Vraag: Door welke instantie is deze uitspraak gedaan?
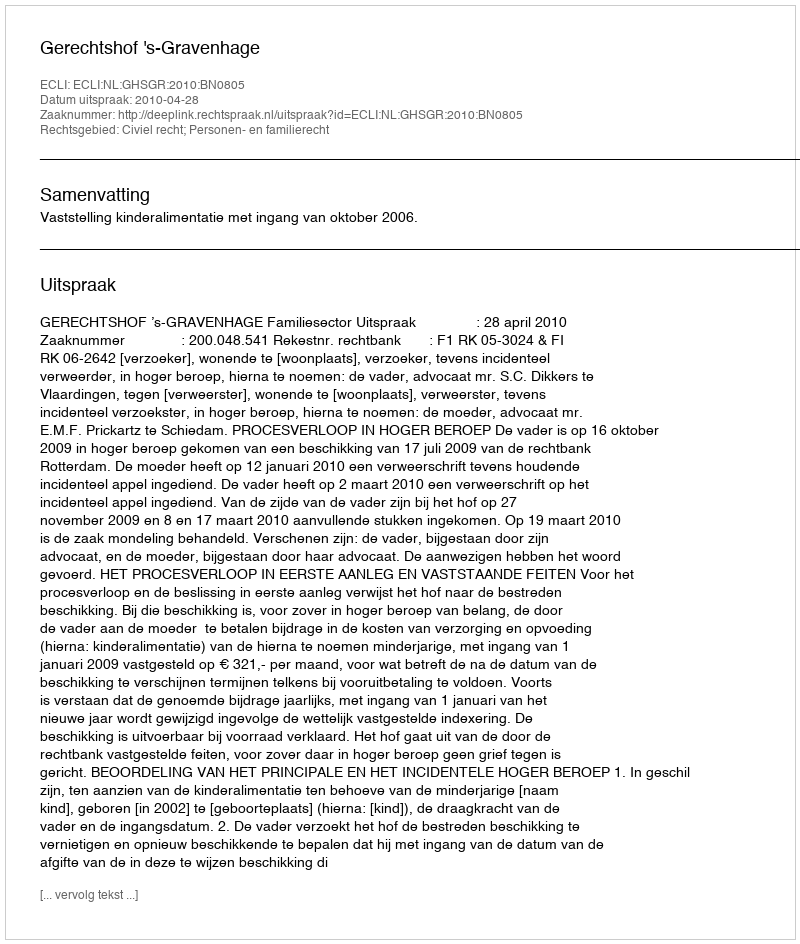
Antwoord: Gerechtshof 's-Gravenhage